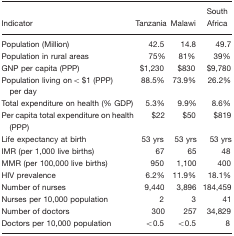
<table><thead><tr><td><b>Indicator</b></td><td><b>Tanzania</b></td><td><b>Malawi</b></td><td><b>South Africa</b></td></tr></thead><tbody><tr><td>Population (Million)</td><td>42.5</td><td>14.8</td><td>49.7</td></tr><tr><td>Population in rural areas</td><td>75%</td><td>81%</td><td>39%</td></tr><tr><td>GNP per capita (PPP)</td><td>$1,230</td><td>$830</td><td>$9,780</td></tr><tr><td>Population living on &lt; $1 (PPP) per day</td><td>88.5%</td><td>73.9%</td><td>26.2%</td></tr><tr><td>Total expenditure on health (% GDP)</td><td>5.3%</td><td>9.9%</td><td>8.6%</td></tr><tr><td>Per capita total expenditure on health (PPP)</td><td>$22</td><td>$50</td><td>$819</td></tr><tr><td>Life expectancy at birth</td><td>53 yrs</td><td>53 yrs</td><td>53 yrs</td></tr><tr><td>IMR (per 1,000 live births)</td><td>67</td><td>65</td><td>48</td></tr><tr><td>MMR (per 100,000 live births)</td><td>950</td><td>1,100</td><td>400</td></tr><tr><td>HIV prevalence</td><td>6.2%</td><td>11.9%</td><td>18.1%</td></tr><tr><td>Number of nurses</td><td>9,440</td><td>3,896</td><td>184,459</td></tr><tr><td>Nurses per 10,000 population</td><td>2</td><td>3</td><td>41</td></tr><tr><td>Number of doctors</td><td>300</td><td>257</td><td>34,829</td></tr><tr><td>Doctors per 10,000 population</td><td>&lt;0.5</td><td>&lt;0.5</td><td>8</td></tr></tbody></table>